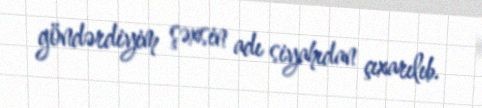
göndərdiyim şəxsin adı siyahıdan çıxarılıb.